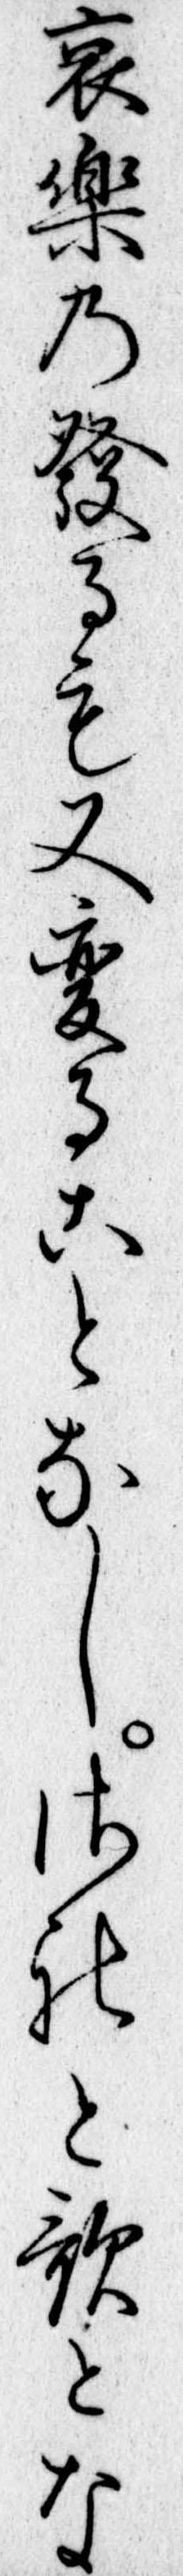
哀楽の発るも又変ることなしされと歌とな